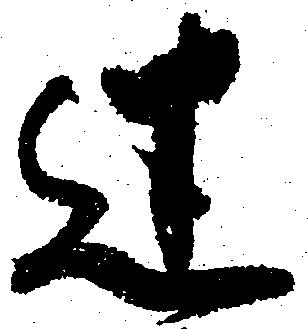
迷